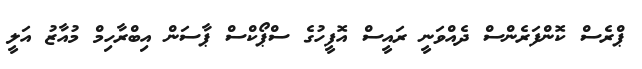
ޕްރެސް ކޮންފަރެންސް ދެއްވަނީ ރައީސް އޮފީހުގެ ސްޕޯކްސް ޕާސަން އިބްރާހިމް މުއާޒު އަލީ